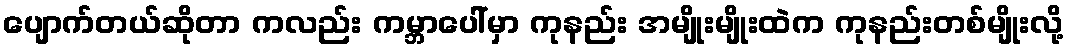
ပျောက်တယ်ဆိုတာ ကလည်း ကမ္ဘာပေါ်မှာ ကုနည်း အမျိုးမျိုးထဲက ကုနည်းတစ်မျိုးလို့